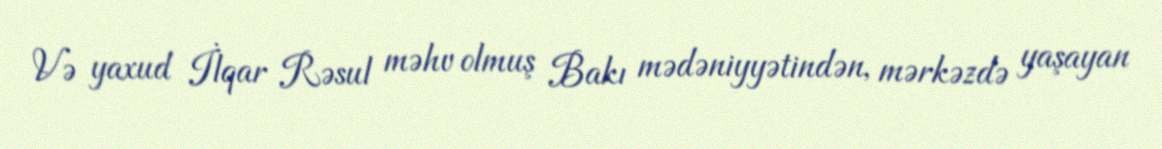
Və yaxud İlqar Rəsul məhv olmuş Bakı mədəniyyətindən, mərkəzdə yaşayan